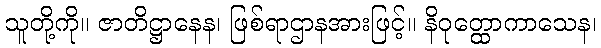
သူတို့ကို။ ဇာတိဋ္ဌာနေန၊ ဖြစ်ရာဌာနအားဖြင့်။ နိဝုတ္ထောကာသေန၊